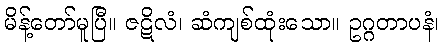
မိန့်တော်မူပြီ။ ဇဋိလံ၊ ဆံကျစ်ထုံးသော။ ဥဂ္ဂတာပနံ၊